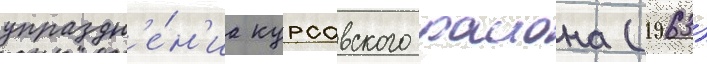
упраздн'е́н'иа курсавского раиона (1963)